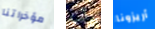
مؤخراتنا رأت أريزونا